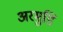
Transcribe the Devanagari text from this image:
अरमुडि